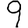
Digit: 9